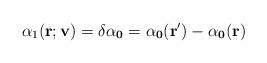
LaTeX: \begin{align*}\alpha_1(\bf {r;v})=\delta \alpha_0=\alpha_0({\bf r'})-\alpha_0({\bf r})\end{align*}